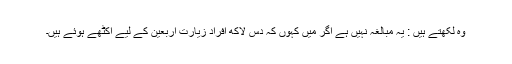
وہ لکھتے ہیں : یہ مبالغہ نہیں ہے اگر میں کہوں کہ دس لاکھ افراد زیارت اربعین کے لیے اکٹھے ہوئے ہیں۔